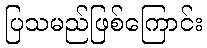
ပြသမည်ဖြစ်ကြောင်း